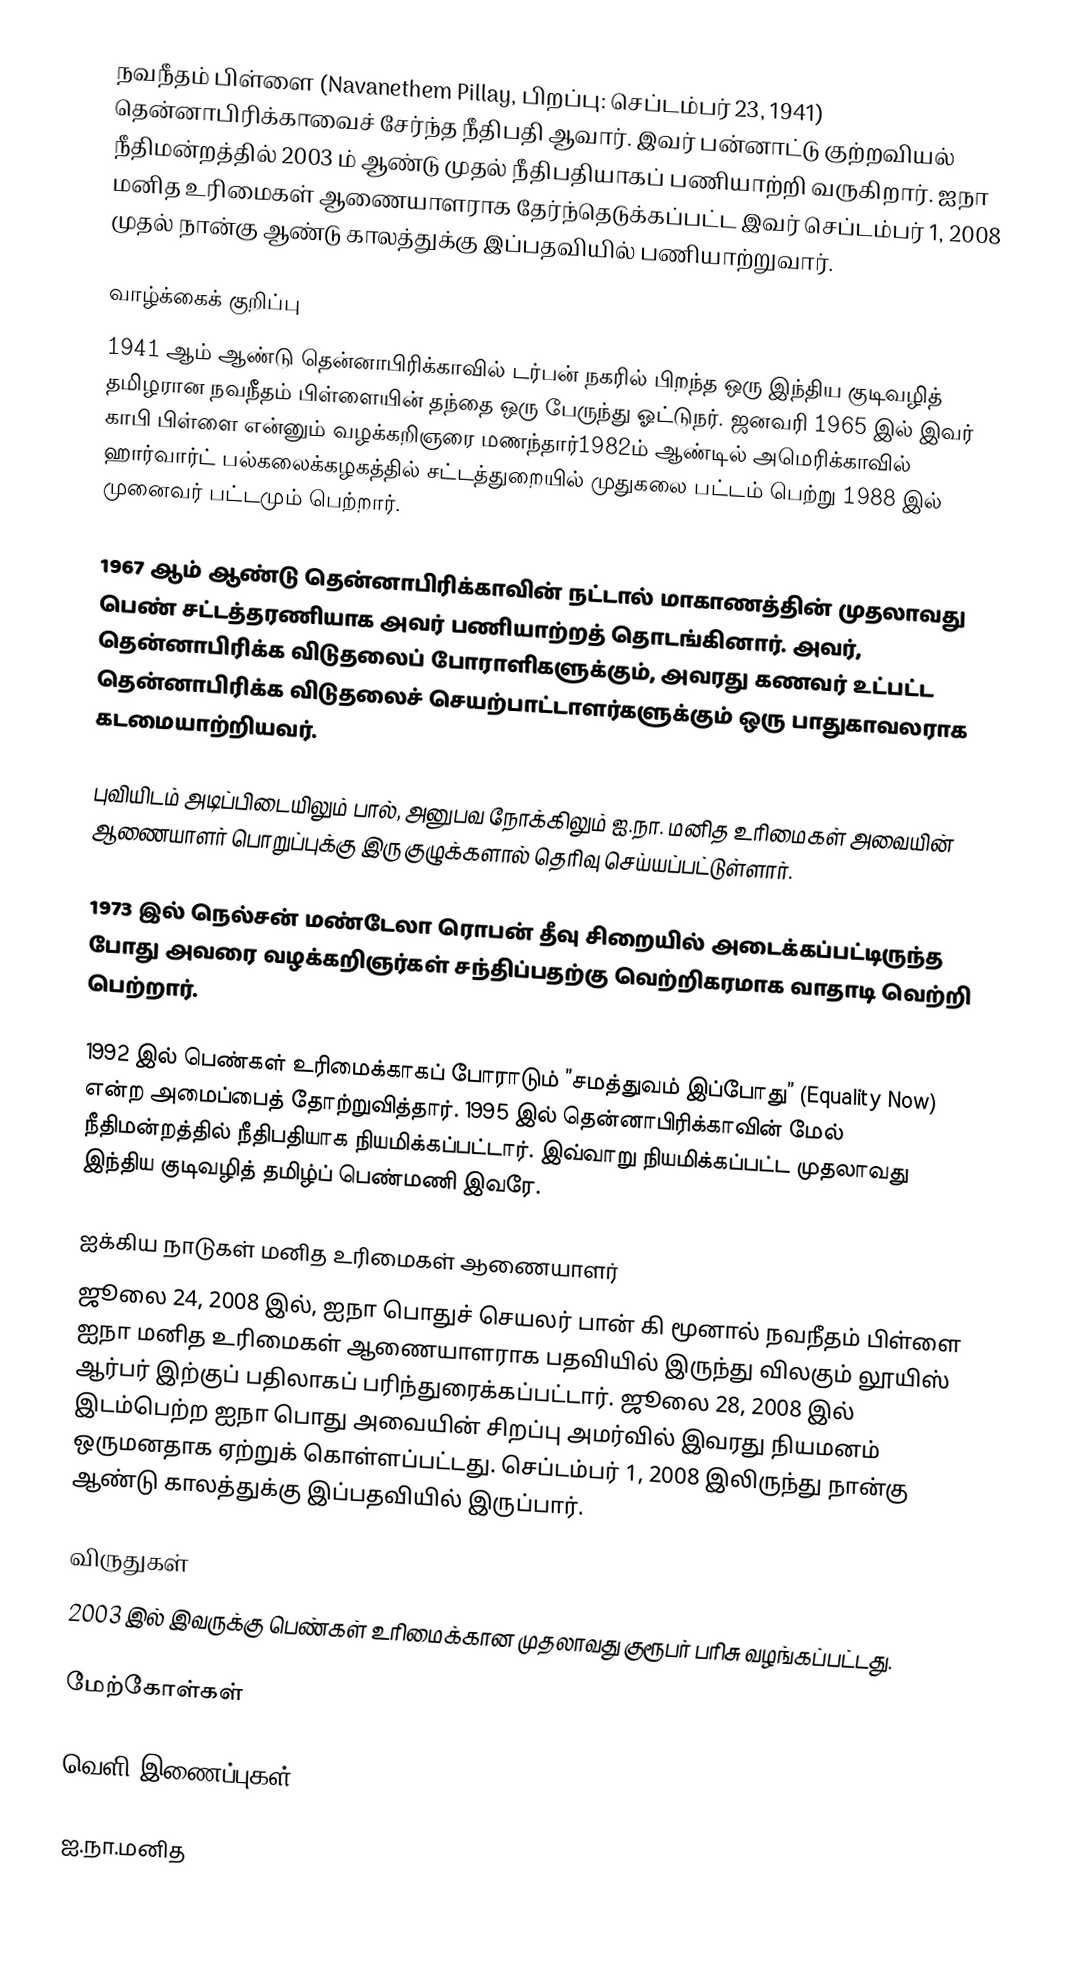
நவநீதம் பிள்ளை (Navanethem Pillay, பிறப்பு: செப்டம்பர் 23, 1941) தென்னாபிரிக்காவைச் சேர்ந்த நீதிபதி ஆவார். இவர் பன்னாட்டு குற்றவியல் நீதிமன்றத்தில் 2003 ம் ஆண்டு முதல் நீதிபதியாகப் பணியாற்றி வருகிறார். ஐநா மனித உரிமைகள் ஆணையாளராக தேர்ந்தெடுக்கப்பட்ட இவர் செப்டம்பர் 1, 2008 முதல் நான்கு ஆண்டு காலத்துக்கு இப்பதவியில் பணியாற்றுவார்.

வாழ்க்கைக் குறிப்பு
1941 ஆம் ஆண்டு தென்னாபிரிக்காவில் டர்பன் நகரில் பிறந்த ஒரு இந்திய குடிவழித் தமிழரான நவநீதம் பிள்ளையின் தந்தை ஒரு பேருந்து ஓட்டுநர். ஜனவரி 1965 இல் இவர் காபி பிள்ளை என்னும் வழக்கறிஞரை மணந்தார்1982ம் ஆண்டில் அமெரிக்காவில் ஹார்வார்ட் பல்கலைக்கழகத்தில் சட்டத்துறையில் முதுகலை பட்டம் பெற்று 1988 இல் முனைவர் பட்டமும் பெற்றார்.

1967 ஆம் ஆண்டு தென்னாபிரிக்காவின் நட்டால் மாகாணத்தின் முதலாவது பெண் சட்டத்தரணியாக அவர் பணியாற்றத் தொடங்கினார். அவர், தென்னாபிரிக்க விடுதலைப் போராளிகளுக்கும், அவரது கணவர் உட்பட்ட தென்னாபிரிக்க விடுதலைச் செயற்பாட்டாளர்களுக்கும் ஒரு பாதுகாவலராக கடமையாற்றியவர்.

புவியிடம் அடிப்பிடையிலும் பால், அனுபவ நோக்கிலும் ஐ.நா. மனித உரிமைகள் அவையின் ஆணையாளர் பொறுப்புக்கு இரு குழுக்களால் தெரிவு செய்யப்பட்டுள்ளார்.

1973 இல் நெல்சன் மண்டேலா ரொபன் தீவு சிறையில் அடைக்கப்பட்டிருந்த போது அவரை வழக்கறிஞர்கள் சந்திப்பதற்கு வெற்றிகரமாக வாதாடி வெற்றி பெற்றார்.

1992 இல் பெண்கள் உரிமைக்காகப் போராடும் ”சமத்துவம் இப்போது” (Equality Now) என்ற அமைப்பைத் தோற்றுவித்தார். 1995 இல் தென்னாபிரிக்காவின் மேல் நீதிமன்றத்தில் நீதிபதியாக நியமிக்கப்பட்டார். இவ்வாறு நியமிக்கப்பட்ட முதலாவது இந்திய குடிவழித் தமிழ்ப் பெண்மணி இவரே.

ஐக்கிய நாடுகள் மனித உரிமைகள் ஆணையாளர்
ஜூலை 24, 2008 இல், ஐநா பொதுச் செயலர் பான் கி மூனால் நவநீதம் பிள்ளை ஐநா மனித உரிமைகள் ஆணையாளராக பதவியில் இருந்து விலகும் லூயிஸ் ஆர்பர் இற்குப் பதிலாகப் பரிந்துரைக்கப்பட்டார். ஜூலை 28, 2008 இல் இடம்பெற்ற ஐநா பொது அவையின் சிறப்பு அமர்வில் இவரது நியமனம் ஒருமனதாக ஏற்றுக் கொள்ளப்பட்டது. செப்டம்பர் 1, 2008 இலிருந்து நான்கு ஆண்டு காலத்துக்கு இப்பதவியில் இருப்பார்.

விருதுகள்
2003 இல் இவருக்கு பெண்கள் உரிமைக்கான முதலாவது குரூபர் பரிசு வழங்கப்பட்டது.

மேற்கோள்கள்

வெளி இணைப்புகள்

ஐ.நா.மனித